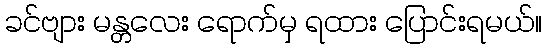
ခင်ဗျား မန္တလေး ရောက်မှ ရထား ပြောင်းရမယ်။